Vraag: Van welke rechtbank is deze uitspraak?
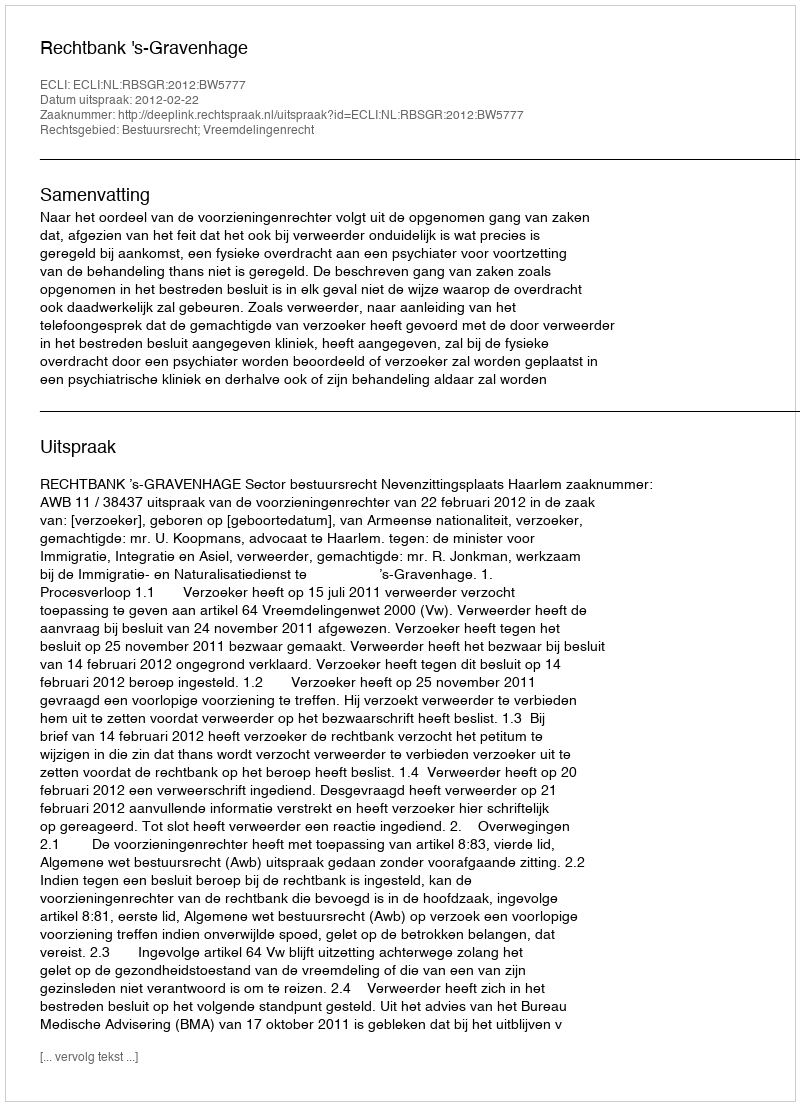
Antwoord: Rechtbank 's-Gravenhage